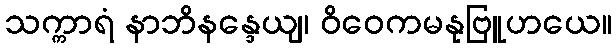
သက္ကာရံ နာဘိနန္ဒေယျ၊ ဝိဝေကမနုဗြူဟယေ။